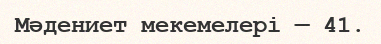
Мәдениет мекемелері — 41.